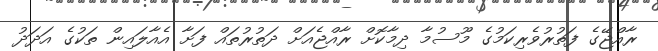
ރާއްޖޭގެ ފަތުރުވެރިކަމުގެ މޫސުމާ ދިމާކޮށް ރާއްޖެއަށް ދަތުރުތައް ފަށާ އެއާލައިން ތަކުގެ އަދަދު